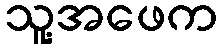
သူ့အဖေက